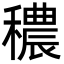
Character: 穠